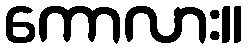
ကောလား။